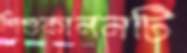
শিশুকাননটি